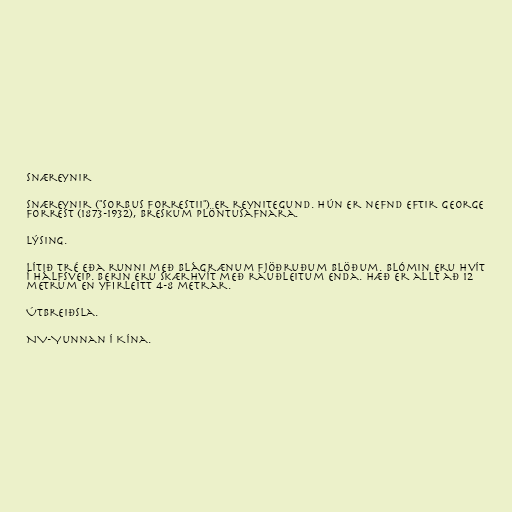
Snæreynir

Snæreynir ("Sorbus forrestii") er reynitegund. Hún er nefnd eftir George
Forrest (1873-1932), breskum plöntusafnara.

Lýsing.

Lítið tré eða runni með blágrænum fjöðruðum blöðum. Blómin eru hvít
í hálfsveip. Berin eru skærhvít með rauðleitum enda. Hæð er allt að 12
metrum en yfirleitt 4-8 metrar.

Útbreiðsla.

NV-Yunnan í Kína.